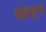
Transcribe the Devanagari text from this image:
संज्ञाशून्य